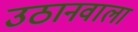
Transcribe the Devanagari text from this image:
उठानवाला